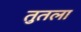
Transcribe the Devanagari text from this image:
तुतला